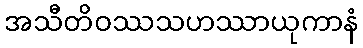
အသီတိဝဿသဟဿာယုကာနံ